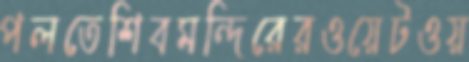
পলতেশিবমন্দিরেরওয়েটওয়